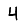
Digit: 4